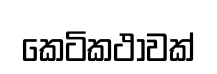
කෙටිකථාවක්